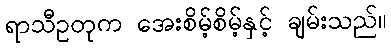
ရာသီဥတုက အေးစိမ့်စိမ့်နှင့် ချမ်းသည်။